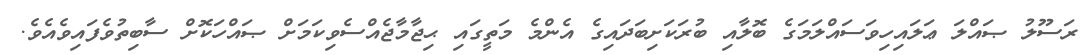
ރަސޫލު ޞައްލަ ޢަލައިހިވަސައްލަމަގެ ބޮލާއި ބުރަކަށިބަދައިގެ އެންމެ މަތީގައި ޙިޖާމާޖެއްސެވިކަމަށް ޞައްހަކޮށް ސާބިތުވެފައިވެއެވެ.